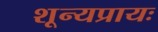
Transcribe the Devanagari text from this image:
शून्यप्रायः